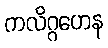
ကလိဂ္ဂဟေန